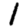
Digit: 1